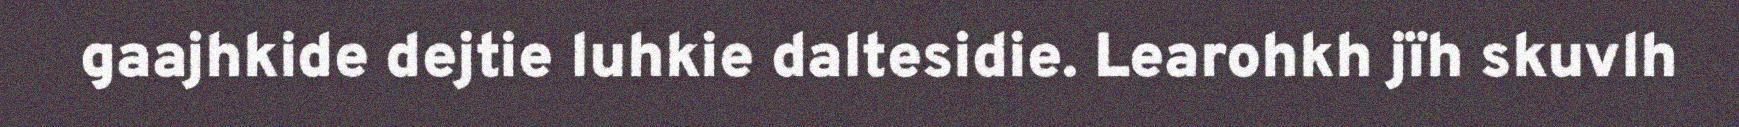
gaajhkide dejtie luhkie daltesidie. Learohkh jïh skuvlh